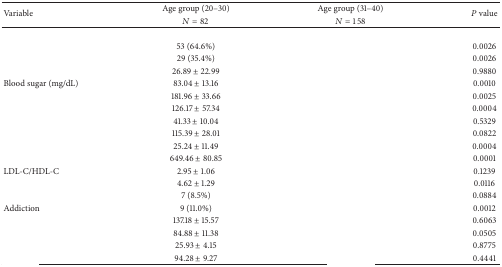
<table><thead><tr><td rowspan="2"><b>Variable</b></td><td><b>Age group (20–30) </b></td><td><b>Age group (31–40) </b></td><td rowspan="2"><b><i>P</i> value</b></td></tr><tr><td><b><i>N</i> = 82</b></td><td><b><i>N</i> = 158</b></td></tr></thead><tbody><tr><td>[EMPTY_CELL]</td><td>[EMPTY_CELL]</td><td>[EMPTY_CELL]</td><td>[EMPTY_CELL]</td></tr><tr><td>[EMPTY_CELL]</td><td> 53 (64.6%)</td><td>[EMPTY_CELL]</td><td>0.0026</td></tr><tr><td>[EMPTY_CELL]</td><td> 29 (35.4%)</td><td>[EMPTY_CELL]</td><td>0.0026</td></tr><tr><td>[EMPTY_CELL]</td><td> 26.89 ± 22.99</td><td>[EMPTY_CELL]</td><td>0.9880</td></tr><tr><td>Blood sugar (mg/dL)</td><td> 83.04 ± 13.16</td><td>[EMPTY_CELL]</td><td>0.0010</td></tr><tr><td>[EMPTY_CELL]</td><td>181.96 ± 33.66</td><td>[EMPTY_CELL]</td><td>0.0025</td></tr><tr><td>[EMPTY_CELL]</td><td>126.17 ± 57.34</td><td>[EMPTY_CELL]</td><td>0.0004</td></tr><tr><td>[EMPTY_CELL]</td><td> 41.33 ± 10.04</td><td>[EMPTY_CELL]</td><td>0.5329</td></tr><tr><td>[EMPTY_CELL]</td><td>115.39 ± 28.01</td><td>[EMPTY_CELL]</td><td>0.0822</td></tr><tr><td>[EMPTY_CELL]</td><td> 25.24 ± 11.49</td><td>[EMPTY_CELL]</td><td>0.0004</td></tr><tr><td>[EMPTY_CELL]</td><td>649.46 ± 80.85</td><td>[EMPTY_CELL]</td><td>0.0001</td></tr><tr><td>LDL-C/HDL-C</td><td> 2.95 ± 1.06</td><td>[EMPTY_CELL]</td><td>0.1239</td></tr><tr><td>[EMPTY_CELL]</td><td> 4.62 ± 1.29</td><td>[EMPTY_CELL]</td><td>0.0116</td></tr><tr><td>[EMPTY_CELL]</td><td> 7 (8.5%)</td><td>[EMPTY_CELL]</td><td>0.0884</td></tr><tr><td>Addiction</td><td> 9 (11.0%)</td><td>[EMPTY_CELL]</td><td>0.0012</td></tr><tr><td>[EMPTY_CELL]</td><td>137.18 ± 15.57</td><td>[EMPTY_CELL]</td><td>0.6063</td></tr><tr><td>[EMPTY_CELL]</td><td> 84.88 ± 11.38</td><td>[EMPTY_CELL]</td><td>0.0505</td></tr><tr><td>[EMPTY_CELL]</td><td> 25.93 ± 4.15</td><td>[EMPTY_CELL]</td><td>0.8775</td></tr><tr><td>[EMPTY_CELL]</td><td> 94.28 ± 9.27</td><td>[EMPTY_CELL]</td><td>0.4441</td></tr></tbody></table>